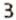
3